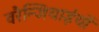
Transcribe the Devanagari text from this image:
वरैन्जियाईयों